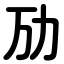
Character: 劢